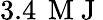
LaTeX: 3.4\, \mathrm{~M~J~}